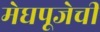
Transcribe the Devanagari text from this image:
मेघपूजेची